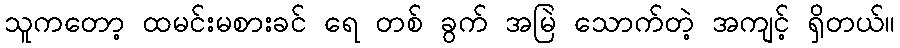
သူကတော့ ထမင်းမစားခင် ရေ တစ် ခွက် အမြဲ သောက်တဲ့ အကျင့် ရှိတယ်။